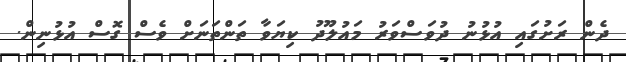
ދެން ރަށުގައި އުޅުނު ދުވަސްވަރު މައުލޫދު ކިޔަވާ ތަންތަނަށް ވެސް ގޮސް އުޅުނިން.